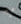
به